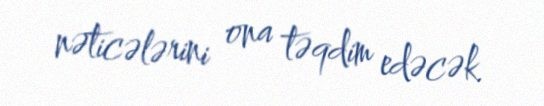
nəticələrini ona təqdim edəcək.